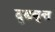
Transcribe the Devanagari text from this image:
दृढवृत्त